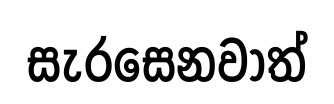
සැරසෙනවාත්